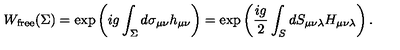
W _ { \mathrm { f r e e } } ( \Sigma ) = \exp \left( i g \int _ { \Sigma } ^ { } d \sigma _ { \mu \nu } h _ { \mu \nu } \right) = \exp \left( \frac { i g } { 2 } \int _ { S } ^ { } d S _ { \mu \nu \lambda } H _ { \mu \nu \lambda } \right) .